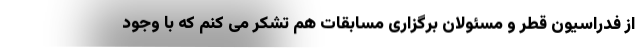
از فدراسیون قطر و مسئولان برگزاری مسابقات هم تشکر می کنم که با وجود